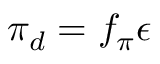
\pi _ { d } = f _ { \pi } \epsilon